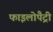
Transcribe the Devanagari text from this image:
फाइलोपैट्री